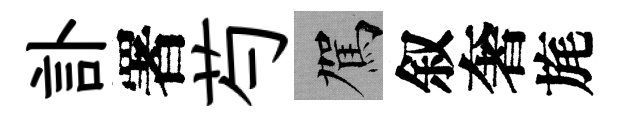
訃署芍駕叙奢旄